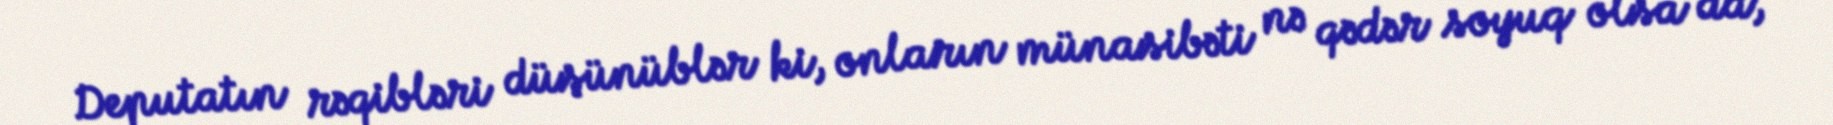
Deputatın rəqibləri düşünüblər ki, onların münasibəti nə qədər soyuq olsa da,